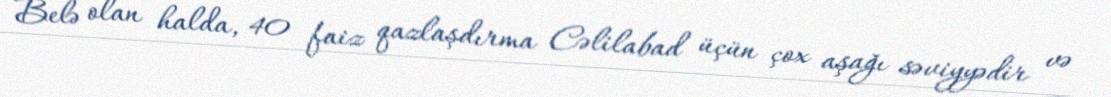
Belə olan halda, 40 faiz qazlaşdırma Cəlilabad üçün çox aşağı səviyyədir və